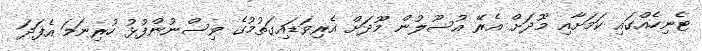
ޓެނިހެއްގައި ކަަމަށާއި މޫދަށް އެރޭ އުސޫލުން މޫދަށް އެރިވަޑައިގަތުމުގެ ވިސްނުންފުޅު ހުރިނަމަ އެފަދަ